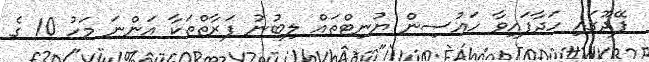
ފޭދޫގައި ހަދާފައިވާ ހައުސިން ޔުނިޓްތައް ލިބުނު ފަރާތްތަކާ އަންނަ މަހު 10 ގެ